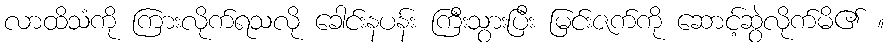
လာထိသံကို ကြားလိုက်ရသလို ခေါင်းနပန်း ကြီးသွားပြီး မြင်းဇက်ကို ဆောင့်ဆွဲလိုက်မိ၏ ။